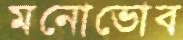
মনোভোব